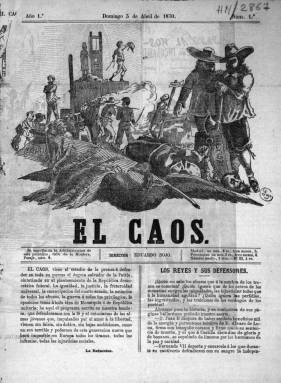
Título: El Caos (Madrid)
Colección: Periódicos
Ámbito geográfico: Madrid
Lugar de publicación: Madrid
Fechas: 03/04/1870-04/07/1870

Periódico satírico de ideario republicano nacido como tantos otros tras el huracán revolucionario de 1868, que expulsó del trono a Isabel II y que trajo consigo una libertad de prensa como no se había conocido antes, sin censura ni ningún otro requisito previo.

   Lo que distingue a esta publicación de otras de este periodo que utilizaron la caricatura política como arma para propagar sus ideas mediante el humor y el sarcasmo es la gran calidad de sus ilustraciones, cuyo autor y también director, Eduardo Sojo, es uno de los grandes dibujantes de la segunda mitad del siglo XIX.

   De vida efímera, lo que era corriente en esos años de indefinición política, El Caos nació cuando los generales Prim y Serrano, dueños de la situación, buscaban un rey para España tras descartar la alternativa republicana. En su primer número, la publicación se declara  defensora de una República democrática federal y para que no haya margen de duda inserta en su cabecera una viñeta que retrata el fin violento de algunos reyes a lo largo de la historia, como la muerte de Luis XVI en la guillotina durante la Revolución francesa.

    Con solo cuatro páginas, siendo doble las dos interiores para el despliegue de las caricaturas, son estas ilustraciones las que comenzaron a dar celebridad al joven Sojo, quien de acuerdo con la investigadora María Méndez Rutllán, fue el caricaturista que más veces sufrió la censura por sus dibujos a lo largo de su dilatada trayectoria (Eduardo Sojo, caricaturista y político, Villa de Madrid, revista del Ayuntamiento de Madrid, n.60, 1978).

   A causa de la persecución que sufrió se vio forzado en ocasiones a emigrar, de ahí que consiguiera el éxito en tres países distintos con la publicación del semanario satírico El Quijote, en Argentina a partir de 1884, en Uruguay en 1887 y finalmente en España desde 1892 hasta 1902.

    Entre las caricaturas que publicó en El Caos podemos ver dos cabezas compuestas, a modo de las que pintó Arcimboldo a finales del siglo XVI, valiéndose de personajes y situaciones del momento.

   La primera cabeza, publicada el 13 de junio de 1870, corresponde a Juan Moreno Benítez, gobernador civil de Madrid tras la revolución de 1868, la Gloriosa, y la segunda al pretendiente al trono de España Antonio de Orleans, duque de Montpensier, marido de Luisa Fernanda, hermana de Isabel II. Esta última caricatura salió publicada en el número 14 del 4 de julio, último número que posee la BNE y que debe ser también el último de la publicación.

   Eduardo Sojo, nacido en 1849 en Madrid y muerto en la misma ciudad en 1908, es uno de los caricaturistas del siglo XIX más estudiado. Puede leerse en internet, en la Revista Científica e Información y Comunicación, un completo ensayo de Antonio Laguna  Platero y Francesc A. Martínez Gallego con el título: El Quijote de la caricatura.

    Una anécdota refleja la popularidad que llegó a  alcanzar el caricaturista, también conocido por Demócrito: El diputado republicano por Valencia Rodrigo Soriano, en una intervención en el Congreso, denunció la detención de un hombre y su mujer por tener pegadas en las paredes de su casa las láminas de Sojo “Adiós Torquemada”, aparecidas en la revista Don Quijote el 7 de febrero de 1902.

[Descripción publicada el 14/02/2019]